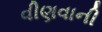
વીણવાની